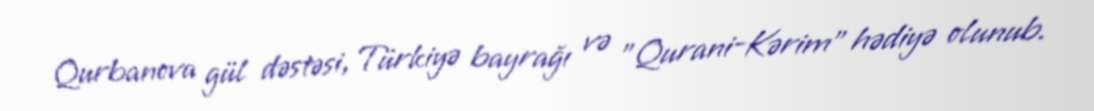
Qurbanova gül dəstəsi, Türkiyə bayrağı və "Qurani-Kərim" hədiyə olunub.